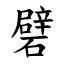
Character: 礕